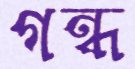
গন্ধ